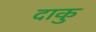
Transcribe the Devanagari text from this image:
दाकु